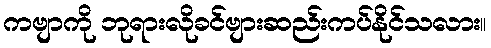
ကဗျာကို ဘုရားလိုခင်ဗျားဆည်းကပ်နိုင်သလား။